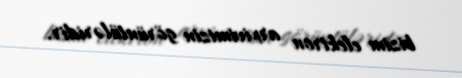
bizim elektron arxivimizin görüntüləridir.